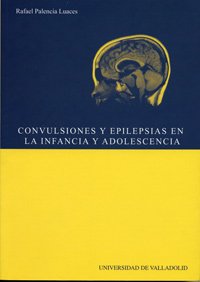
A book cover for Convulsiones y epilepsias en la infancia y en la adolescencia/ Convulsion and epilepsy in childhood and adolescence (Spanish Edition); Rafael Palencia Luaces; Health, Fitness & Dieting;